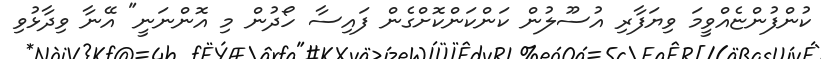
ކުންފުންޏެއްވީމަ ވިޔަފާރި އުސޫލުން ކަންކަންކޮށްގެން ފައިސާ ހޯދުން މި އޮންނަނީ" އޭނާ ވިދާޅުވި